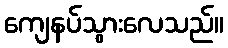
ကျေနပ်သွားလေသည်။